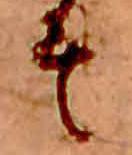
そ